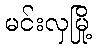
မင်းလှမြို့